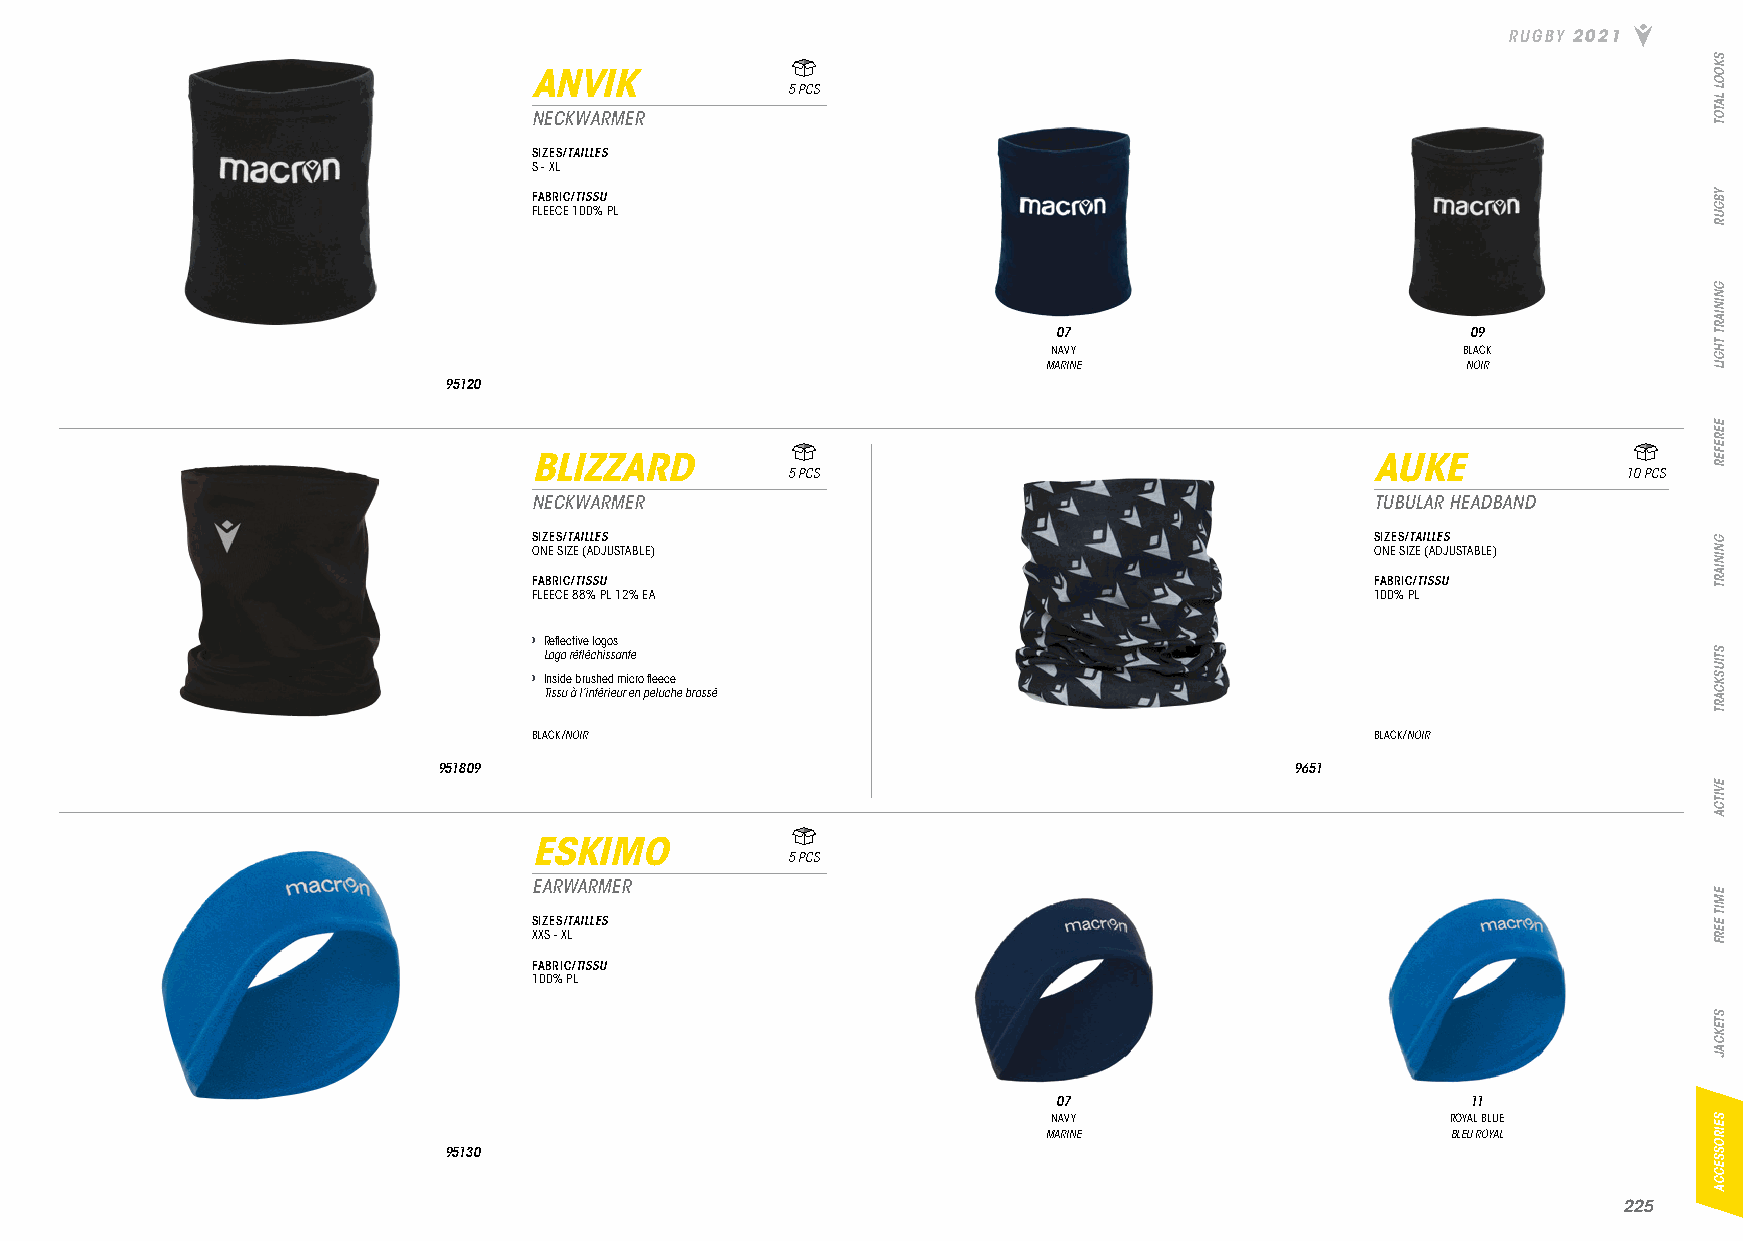
RUGBY 2021
 ANVIK
 5 PCS
 NECKWARMER
 SIZES/TAILLES
 S - XL
 FABRIC/TISSU
 FLEECE 100% PL
 07                         09
 NAVY                       BLACK
 MARINE                      NOIR
 95120
 BLIZZARD                                                AUKE
 5 PCS                                                   10 PCS
 NECKWARMER                                              TUBULAR HEADBAND
 SIZES/TAILLES                                           SIZES/TAILLES
 ONE SIZE (ADJUSTABLE)                                   ONE SIZE (ADJUSTABLE)
 FABRIC/TISSU                                            FABRIC/TISSU
 FLEECE 88% PL 12% EA                                    100% PL
 › Reflective logos
 Logo réfléchissante
 › Inside brushed micro fleece
 Tissu à l’intérieur en peluche brossé
 BLACK/NOIR                                              BLACK/NOIR
 951809                                                   9651
 ESKIMO
 5 PCS
 EARWARMER
 SIZES/TAILLES
 XXS - XL
 FABRIC/TISSU
 100% PL
 07                         11
 NAVY                      ROYAL BLUE
 MARINE                     BLEU ROYAL
 95130
 222255
 SKOOL
 LATOT
 YBGUR
 GNINIART
 THGIL
 EEREFER
 GNINIART
 STIUSKCART
 EVITCA
 EMIT
 EERF
 STEKCAJ
 SEIROSSECCA